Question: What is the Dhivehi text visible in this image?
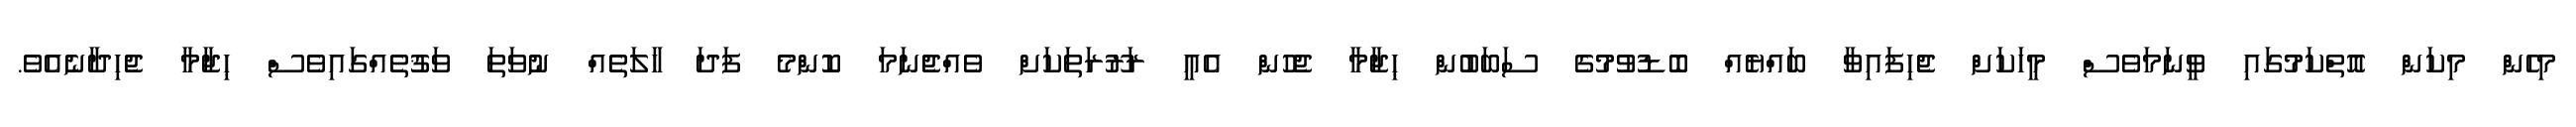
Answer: މިހެން މިކަން އޮތްކަމުގައި ވީނަމަވެސް މީހަކަށް ޖެހިފައިވާ ބައްޔެއް ބޮޑުވުމުގެ ސަބަބުން ޙިޖާމާ ޖެހުން އެއީ ޜަރޫރަތަކަށް ވެއްޖެނަމަ ކޮންމެ ފަދަ ހާލަތެއް ނުވަތަ ވަޤުތެއްގައިވެސް ޙިޖާމާ ޖެހިދާނެއެވެ.